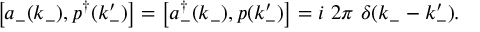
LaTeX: \left[ a _ { - } ( k _ { - } ) , p ^ { \dagger } ( k _ { - } ^ { \prime } ) \right] = \left[ a _ { - } ^ { \dag } ( k _ { - } ) , p ( k _ { - } ^ { \prime } ) \right] = i \ 2 \pi \ \delta ( k _ { - } - k _ { - } ^ { \prime } ) .